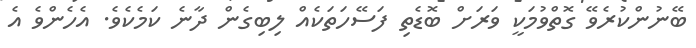
ބޭނުންކުރެވޭ ގޮތްވުމަކީ ވަރަށް ބޮޑެތި ފަސޭހަތަކެއް ލިބިގެން ދާނެ ކަމެކެވެ. އެހެންވެ އެ